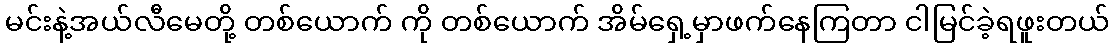
မင်းနဲ့အယ်လီမေတို့ တစ်ယောက် ကို တစ်ယောက် အိမ်ရှေ့မှာဖက်နေကြတာ ငါမြင်ခဲ့ရဖူးတယ်